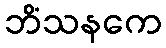
ဘိံသနကေ